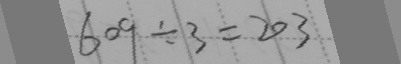
6 0 9 \div 3 = 2 0 3